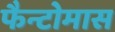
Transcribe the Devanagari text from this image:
फैन्टोमास